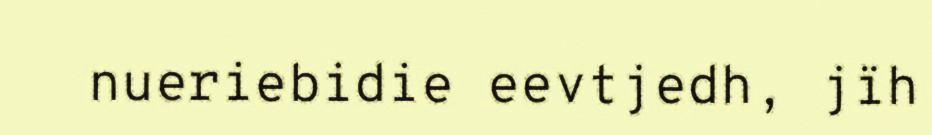
nueriebidie eevtjedh, jïh